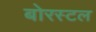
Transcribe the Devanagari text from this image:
बोरस्टल